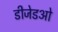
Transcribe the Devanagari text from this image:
डीजेडओ